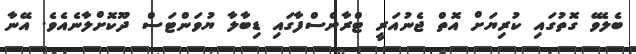
ބެލެވޭ ގޮތުގައި ކުރިޔަށް އޮތް ޖެނުއަރީ ޓްރާންސްފާގައި ޑިބާލާ ޔުވަންޓަސް ދޫކޮށްލާނެއެވެ. އޭނާ